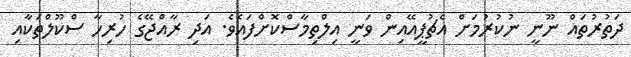
ދަތުރުތައް ނޫނީ ނުކުރުމަށް އެޗުޕީއޭއިން ވަނީ އިލްތިމާސްކޮށްފައެވެ. އަދި ރާއްޖޭގެ ހުރިހާ ސްކޫލްތަކާއި